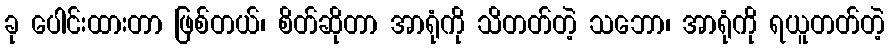
ခု ပေါင်းထားတာ ဖြစ်တယ်၊ စိတ်ဆိုတာ အာရုံကို သိတတ်တဲ့ သဘော၊ အာရုံကို ရယူတတ်တဲ့